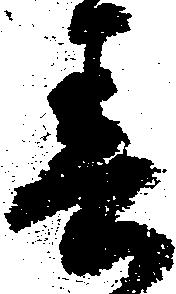
春